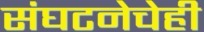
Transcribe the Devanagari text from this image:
संघटनेचेही